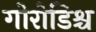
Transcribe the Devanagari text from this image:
गोरोडिश्च